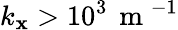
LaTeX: k_{\mathbf{x}}>10^{3}\, \mathrm{{~m~}}^{-1}